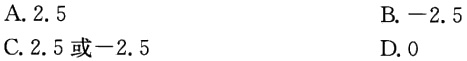
A. \(2.5\)
B. \(-2.5\)
C. \(2.5或 - 2.5\)
D. \(0\)